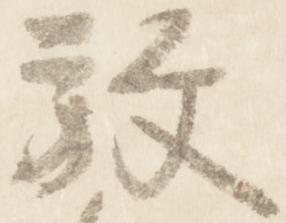
放